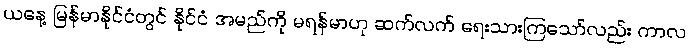
ယနေ့ မြန်မာနိုင်ငံတွင် နိုင်ငံ အမည်ကို မရန်မာဟု ဆက်လက် ရေးသားကြသော်လည်း ကာလ